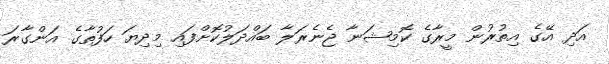
އަދި އޭގެ އިތުރުން މީރާގެ ކޮމިޝަނާ ޖެނެރަލާ ބައްދަލުކޮށްފައި މިދިޔަ ހަފުތާގެ އަންގާރަ